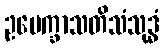
ဥပေက္ခာသတိသံသုဒ္ဓံ